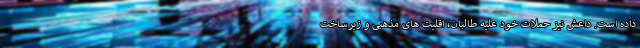
داده است. داعش نیز حملات خود علیه طالبان، اقلیت های مذهبی و زیرساخت